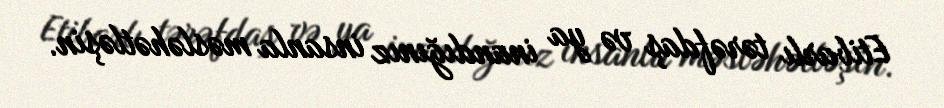
Etibarlı tərəfdaş və ya inandığınız insanla məsləhətləşin.